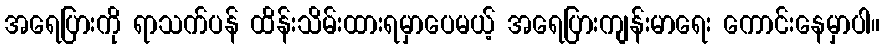
အရေပြားကို ရာသက်ပန် ထိန်းသိမ်းထားရမှာပေမယ့် အရေပြားကျန်းမာရေး ကောင်းနေမှာပါ။